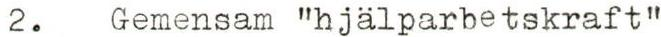
2. Gemensam "hjälparbetskraft"